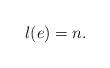
LaTeX: \begin{align*}l(e)=n.\end{align*}